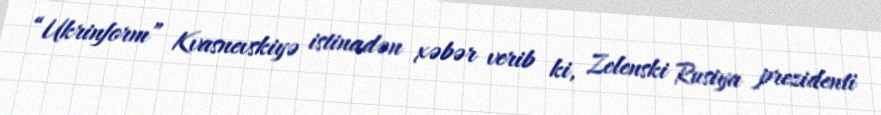
“Ukrinform” Kvasnevskiyə istinadən xəbər verib ki, Zelenski Rusiya prezidenti